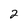
Character: 2